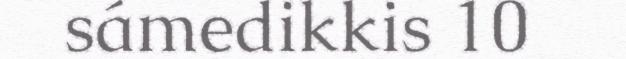
sámedikkis 10